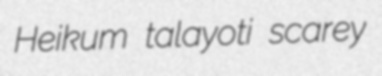
Heikum talayoti scarey